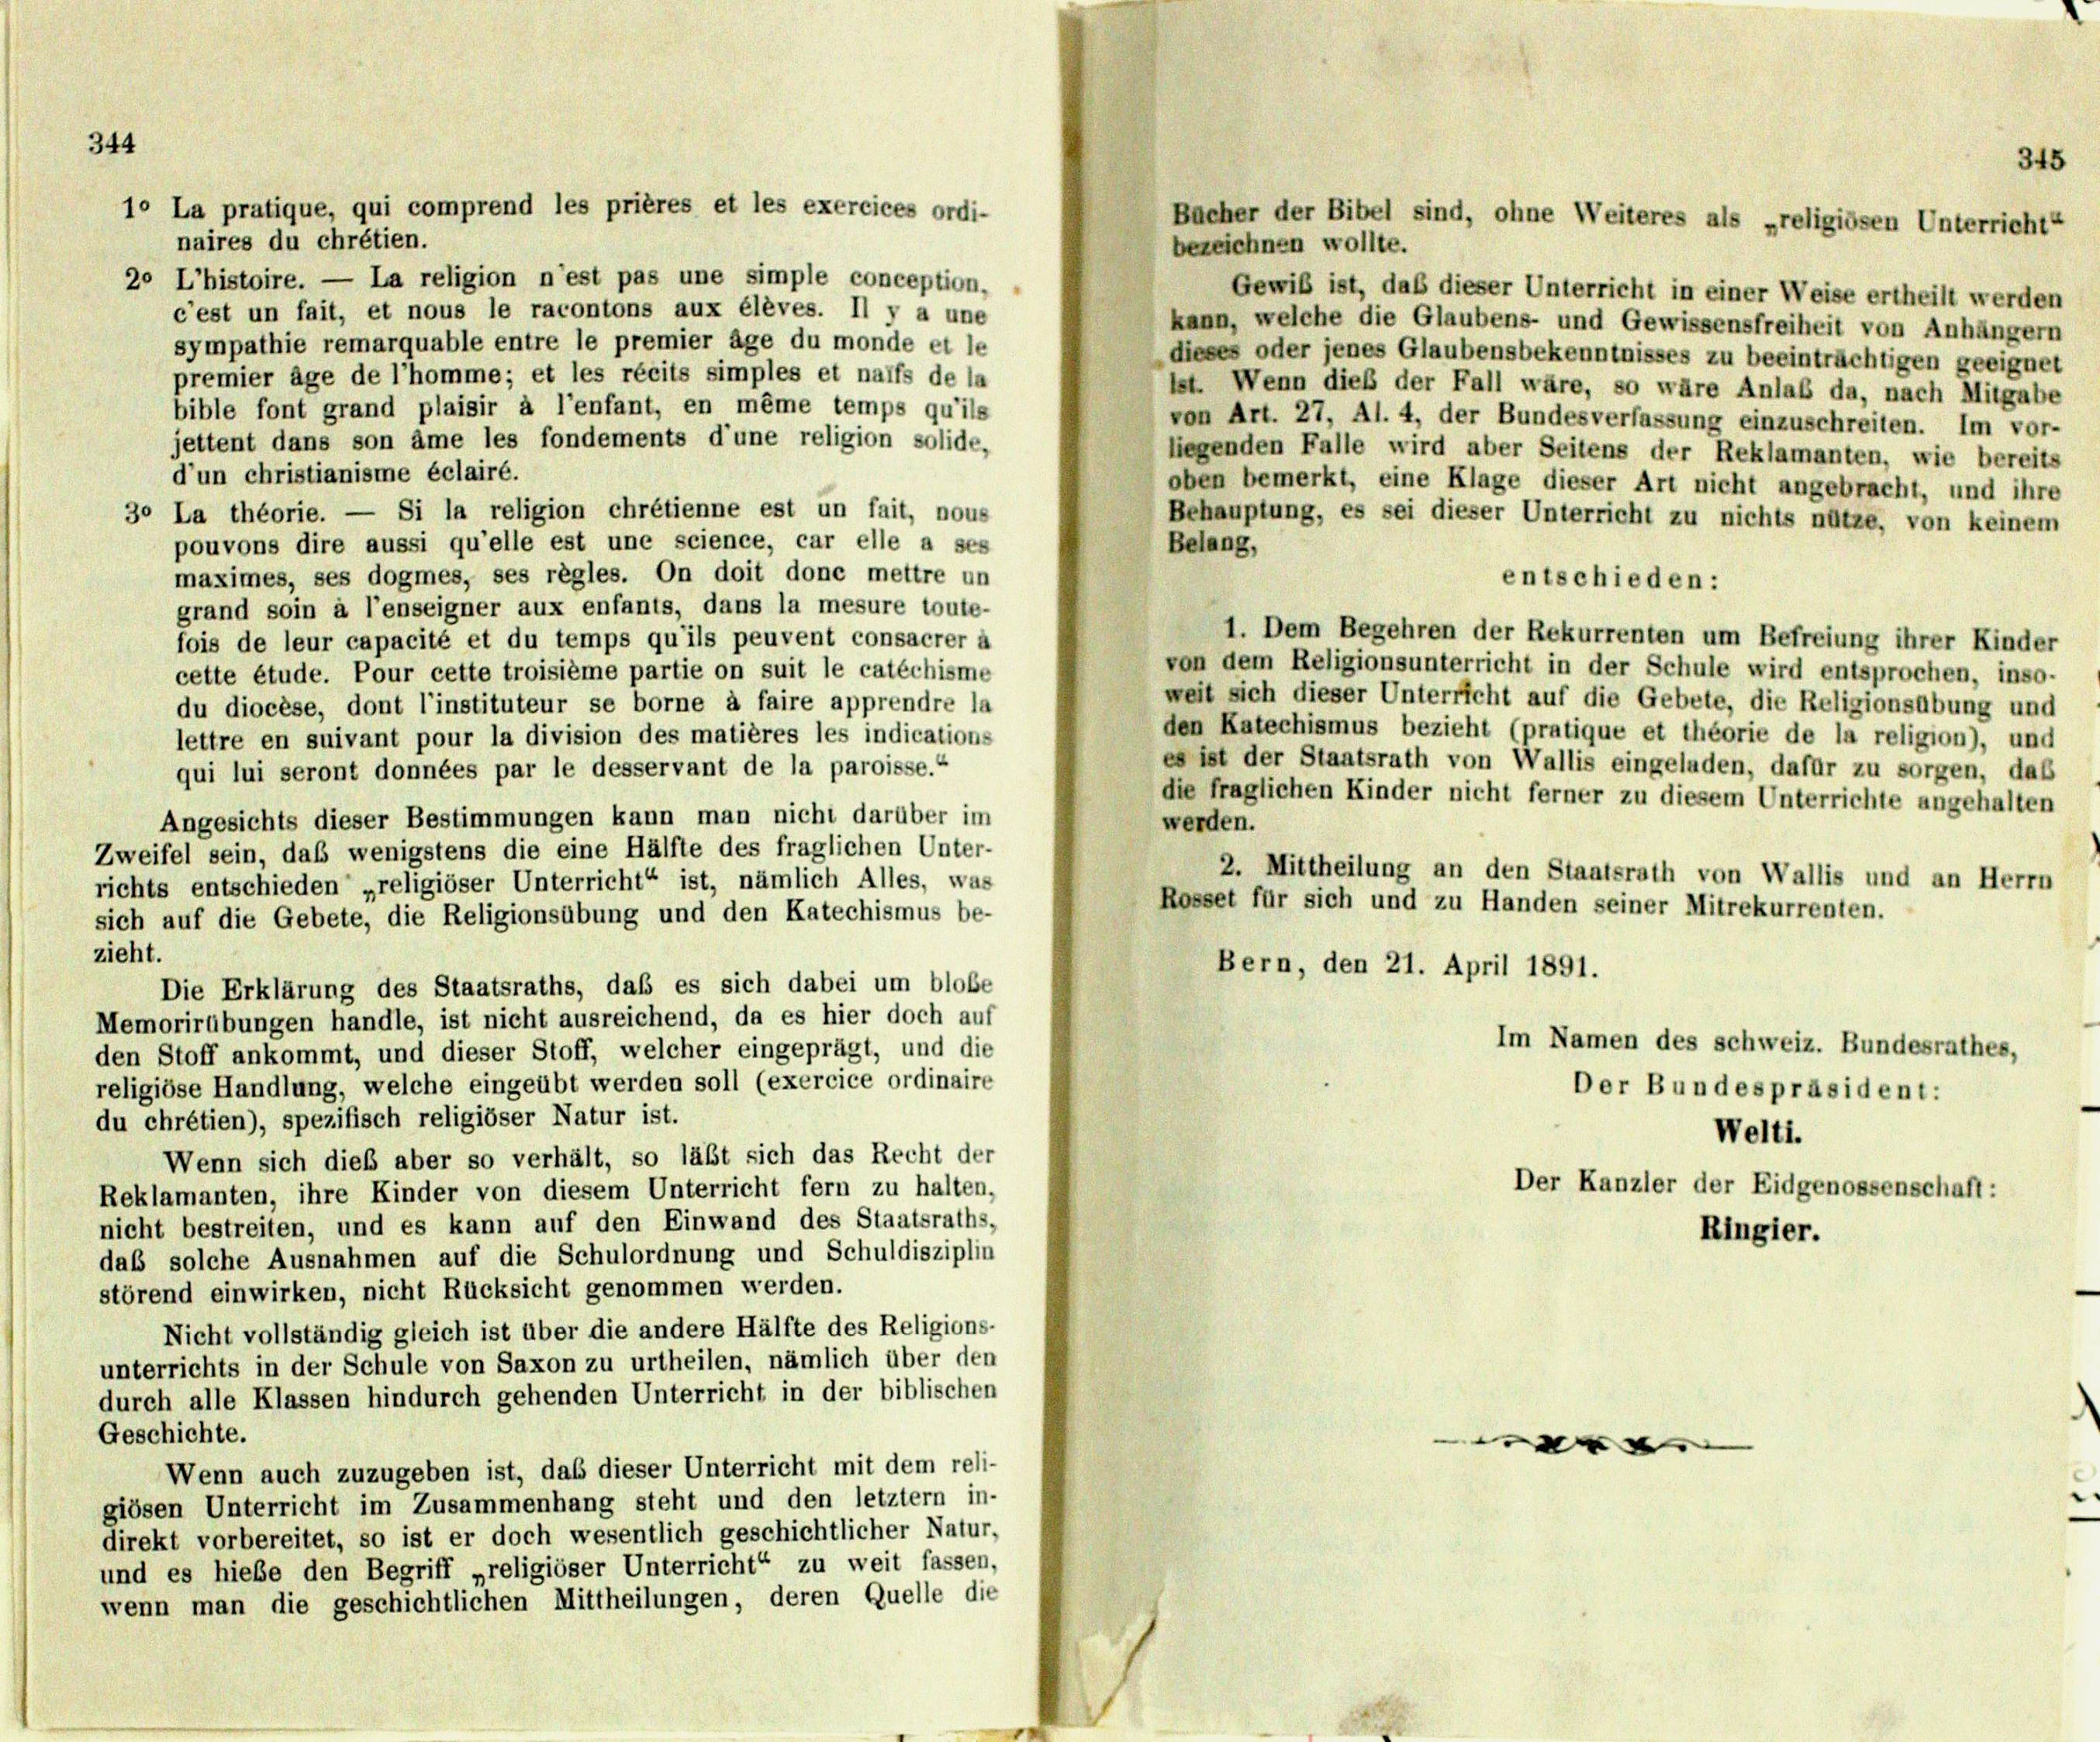
344

10 La pratique, qui comprend les prières et les exercices ordi-

345
Bucher der Bibel sind, ohne Weiteres als „religiösen Unterricht“

naires du chrétien.
bezeichnen wollte.
20 L’histoire. — La religion n’est pas une simple conception.
Gewiß ist, daß dieser Unterricht in einer Weise ertheilt werden
c’est un fait, et nous le racontons aux élèves. Il y a une
kann, welche die Glaubens- und Gewissensfreiheit von Anhängern
sympathie remarquable entre le premier âge du monde et le
dieses oder jenes Glaubensbekenntnisses zu beeinträchtigen geeignet
premier âge de l’homme; et les récits simples et naffs de la
lst. Wenn dieß der Fall wäre, so wäre Anlaß da, nach Mitgabe
bible font grand plaisir à l’enfant, en même temps qu’ils
von Art. 27, Al. 4, der Bundesverfassung einzuschreiten. Im vor-
jettent dans son âme les fondements d’une religion solide,
liegenden Falle wird aber Seitens der Reklamanten, wie bereits
d’un christianisme éclairé.
oben bemerkt, eine Klage dieser Art nicht angebracht, und ihre
30 La théorie. — Si la religion chrétienne est un fait, nous
Behauptung, es sei dieser Unterricht zu nichts nütze, von keinem
pouvons dire aussi qu’elle est une science, car elle a ses
Belang,
maximes, ses dogmes, ses règles. On doit done mettre un
entschieden:
grand soin à l’enseigner aux enfants, dans la mesure toute-
1. Dem Begehren der Rekurrenten um Befreiung ihrer Kinder
fois de leur capacité et du temps qu’ils peuvent consacrer a
von dem Religionsunterricht in der Schule wird entsprochen, inso-
cette étude. Pour cette troisième partie on suit le catéchisme
weit sich dieser Unterricht auf die Gebete, die Religionsabung und
du diocèse, dont l’instituteur se borne à faire apprendre la
den Katechismus bezieht (pratique et théorie de la religion), und
lettre en suivant pour la division des matières les indications
es ist der Staatsrath von Wallis eingeladen, dafür zu sorgen, das
qui lui seront données par le desservant de la paroisse.“
die fraglichen Kinder nicht ferner zu diesem Unterrichte angehalten
Angesichts dieser Bestimmungen kann man nicht darüber im
werden.
Zweifel sein, daß wenigstens die eine Hälfte des fraglichen Unter-
2. Mittheilung an den Staatsrath von Wallis und an Herrn
richts entschieden „religiöser Unterricht“ ist, nämlich Alles, was
Rosset für sich und zu Handen seiner Mitrekurrenten.
sich auf die Gebete, die Religionsübung und den Katechismus be-
zieht.
Bern, den 21. April 1891.
Die Erklärung des Staatsraths, daß es sich dabei um blobe
Memorirübungen handle, ist nicht ausreichend, da es hier doch auf
Im Namen des schweiz. Bundesrathes,
den Stoff ankommt, und dieser Stoff, welcher eingeprägt, und die
religiöse Handlung, welche eingeübt werden soll (exercice ordinaire
Der Bundespräsident:
du chrétien), spezifisch religiöser Natur ist.
Welti.
Wenn sich dieß aber so verhält, so läßt sich das Recht der
Der Kanzler der Eidgenossenschaft:
Reklamanten, ihre Kinder von diesem Unterricht fern zu halten,
nicht bestreiten, und es kann auf den Einwand des Staatsraths,
Ringier.
das solche Ausnahmen auf die Schulordnung und Schuldisziplin
störend einwirken, nicht Rücksicht genommen werden.
Nicht vollständig gleich ist über die andere Hälfte des Religions-
unterrichts in der Schule von Saxon zu urtheilen, nämlich über den
durch alle Klassen hindurch gehenden Unterricht in der biblischen
Geschichte.
.
Wenn auch zuzugeben ist, daß dieser Unterricht mit dem reli-
giösen Unterricht im Zusammenhang steht und den letztem in-
direkt vorbereitet, so ist er doch wesentlich geschichtlicher Natur-
und es hiebe den Begriff „religiöser Unterricht“ zu weit fassen,
wenn man die geschichtlichen Mittheilungen, deren Quelle die